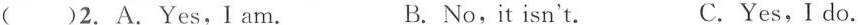
( )2.A.Yes,I am. B.No,it isn't. C.Yes,I do.